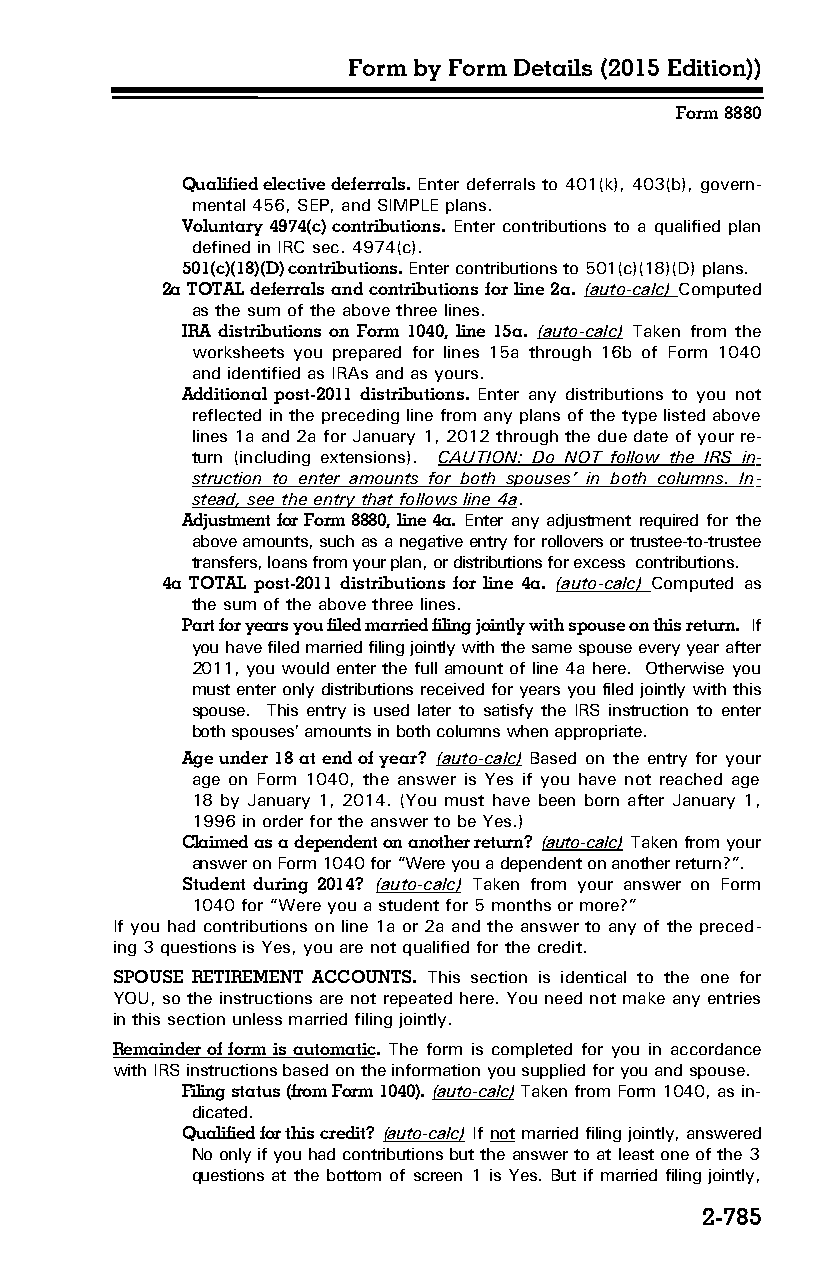
Form by Form Details (2015 Edition))
 Form 8880
 Qualified elective deferrals. Enter deferrals to 401(k), 403(b), govern­
 mental 456, SEP, and SIMPLE plans.
 Voluntary 4974(c) contributions. Enter contributions to a qualified plan
 defined in IRC sec. 4974(c).
 501(c)(18)(D) contributions. Enter contributions to 501(c)(18)(D) plans.
 2a TOTAL deferrals and contributions for line 2a. (auto-calc) Computed
 as the sum of the above three lines.
 IRA distributions on Form 1040, line 15a. (auto-calc) Taken from the
 worksheets you prepared for lines 15a through 16b of Form 1040
 and identified as IRAs and as yours.
 Additional post-2011 distributions. Enter any distributions to you not
 reflected in the preceding line from any plans of the type listed above
 lines 1a and 2a for January 1, 2012 through the due date of your re­
 turn (including extensions). CAUTION: Do NOT follow the IRS in­
 struction to enter amounts for both spouses’ in both columns. In­
 stead, see the entry that follows line 4a.
 Adjustment for Form 8880, line 4a. Enter any adjustment required for the
 above amounts, such as a negative entry for rollovers or trustee-to-trustee
 transfers, loans from your plan, or distributions for excess contributions.
 4a TOTAL post-2011 distributions for line 4a. (auto-calc) Computed as
 the sum of the above three lines.
 Part for years you filed married filing jointly with spouse on this return. If
 you have filed married filing jointly with the same spouse every year after
 2011, you would enter the full amount of line 4a here. Otherwise you
 must enter only distributions received for years you filed jointly with this
 spouse. This entry is used later to satisfy the IRS instruction to enter
 both spouses’ amounts in both columns when appropriate.
 Age under 18 at end of year? (auto-calc) Based on the entry for your
 age on Form 1040, the answer is Yes if you have not reached age
 18 by January 1, 2014. (You must have been born after January 1,
 1996 in order for the answer to be Yes.)
 Claimed as a dependent on another return? (auto-calc) Taken from your
 answer on Form 1040 for “Were you a dependent on another return?”.
 Student during 2014? (auto-calc) Taken from your answer on Form
 1040 for “Were you a student for 5 months or more?”
 If you had contributions on line 1a or 2a and the answer to any of the preced­
 ing 3 questions is Yes, you are not qualified for the credit.
 SPOUSE RETIREMENT ACCOUNTS. This section is identical to the one for
 YOU, so the instructions are not repeated here. You need not make any entries
 in this section unless married filing jointly.
 Remainder of form is automatic. The form is completed for you in accordance
 with IRS instructions based on the information you supplied for you and spouse.
 Filing status (from Form 1040). (auto-calc) Taken from Form 1040, as in­
 dicated.
 Qualified for this credit? (auto-calc) If not married filing jointly, answered
 No only if you had contributions but the answer to at least one of the 3
 questions at the bottom of screen 1 is Yes. But if married filing jointly,
 2-785